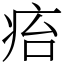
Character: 㾂